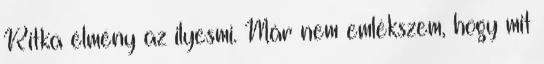
Ritka élmény az ilyesmi. Már nem emlékszem, hogy mit